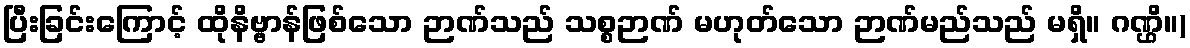
ပြီးခြင်းကြောင့် ထိုနိဗ္ဗာန်ဖြစ်သော ဉာဏ်သည် သစ္စဉာဏ် မဟုတ်သော ဉာဏ်မည်သည် မရှိ။ ဂဏ္ဌိ။)